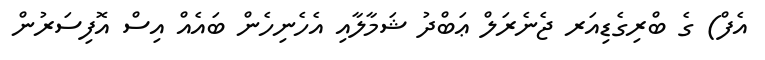
އެފް) ގެ ބްރިގެޑިއަރ ޖެނެރަލް ޢަބްދު ޝަމާލާއި އެހެނިހެން ބައެއް އިސް އޮފިސަރުން